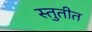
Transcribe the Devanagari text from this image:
स्तुतीत